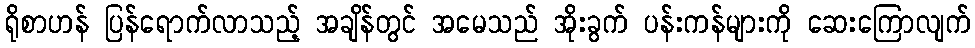
ရိုစာဟန် ပြန်ရောက်လာသည့် အချိန်တွင် အမေသည် အိုးခွက် ပန်းကန်များကို ဆေးကြောလျက်